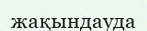
жақындауда